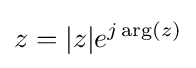
z=|z|e^{j\arg(z)}